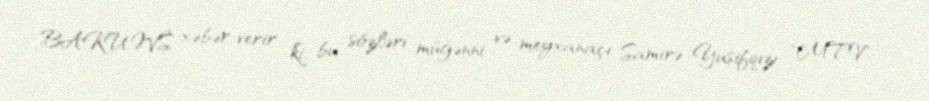
BAKU.WS xəbər verir ki, bu sözləri müğənni və meyxanaçı Samirə Yusifqızı "MTV